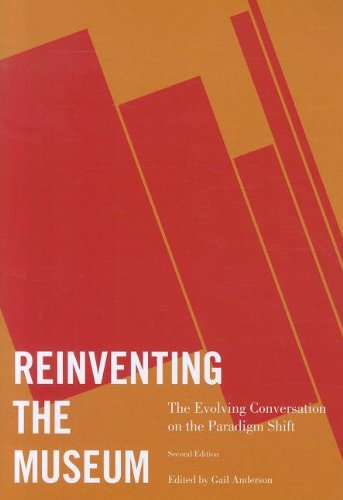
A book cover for Reinventing the Museum: The Evolving Conversation on the Paradigm Shift; Business & Money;